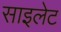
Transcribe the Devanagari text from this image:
साइलेट